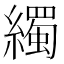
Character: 𦆂